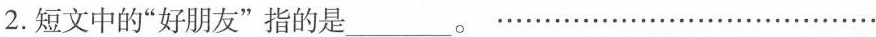
2.短文中的”好朋友”指的是___。````````````````````````````````````````